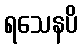
ရသေနပိ